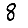
Digit: 8